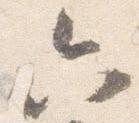
六